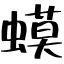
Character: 蟆